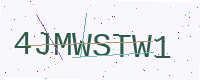
Text: 4JMWSTW1